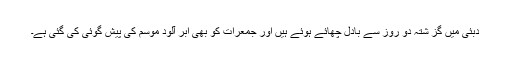
دبئی میں گز شتہ دو روز سے بادل چھائے ہوئے ہیں اور جمعرات کو بھی ابر آلود موسم کی پیش گوئی کی گئی ہے۔